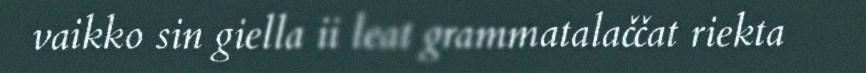
vaikko sin giella ii leat grammatalaččat riekta